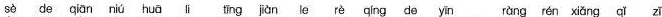
sè de qian niú huā li ting jiànle rè qing de yin ràng rén xiǎ na zi